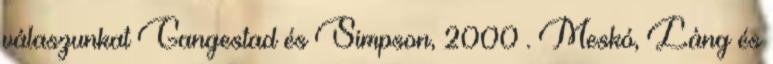
válaszunkat Gangestad és Simpson, 2000 . Meskó, Láng és